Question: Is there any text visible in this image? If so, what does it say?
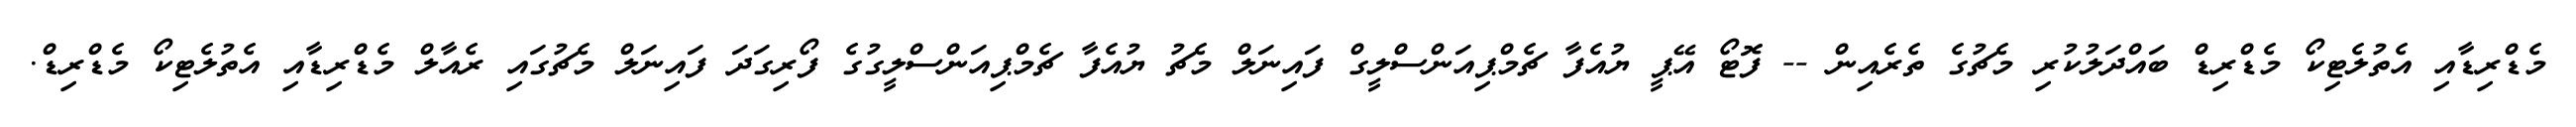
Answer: މެޑްރިޑާއި އެތުލެޓިކޯ މެޑްރިޑް ބައްދަލުކުރި މެޗުގެ ތެރެއިން -- ފޮޓޯ އޭޕީ ޔުއެފާ ޗެމްޕިއަންސްލީގް ފައިނަލް މެޗު ޔުއެފާ ޗެމްޕިއަންސްލީގުގެ ފޯރިގަދަ ފައިނަލް މެޗުގައި ރެއާލް މެޑްރިޑާއި އެތުލެޓިކޯ މެޑްރިޑް.